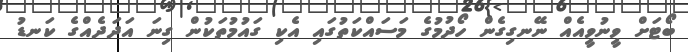
ބޯޓަށް ވީނުވީއެއް ނޭނގިގެން ހޯދުމުގެ މަސައްކަތުގައި އެކި ގައުމުތަކުން ގިނަ އަދަދެއްގެ ކަނޑު